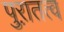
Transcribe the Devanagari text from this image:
पुऱातत्व